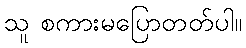
သူ စကားမပြောတတ်ပါ။